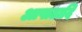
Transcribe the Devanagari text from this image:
आषाढादि